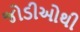
જોડીઓથી